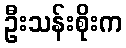
ဦးသန်းစိုးက